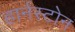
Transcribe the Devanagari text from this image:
हार्नस्टोन